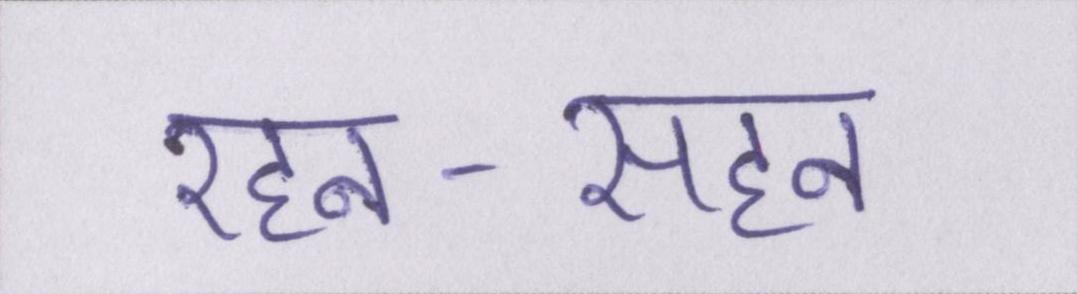
रहन-सहन